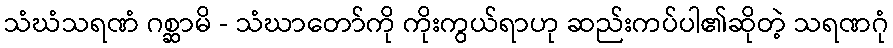
သံဃံသရဏံ ဂစ္ဆာမိ - သံဃာတော်ကို ကိုးကွယ်ရာဟု ဆည်းကပ်ပါ၏ဆိုတဲ့ သရဏဂုံ